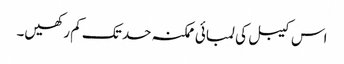
اس کیبل کی لمبائی ممکنہ حد تک کم رکھیں۔